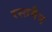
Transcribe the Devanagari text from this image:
रस्तमैन